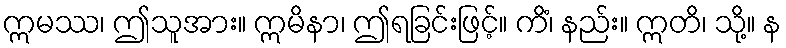
ဣမဿ၊ ဤသူအား။ ဣမိနာ၊ ဤရခြင်းဖြင့်။ ကိံ၊ နည်း။ ဣတိ၊ သို့။ န